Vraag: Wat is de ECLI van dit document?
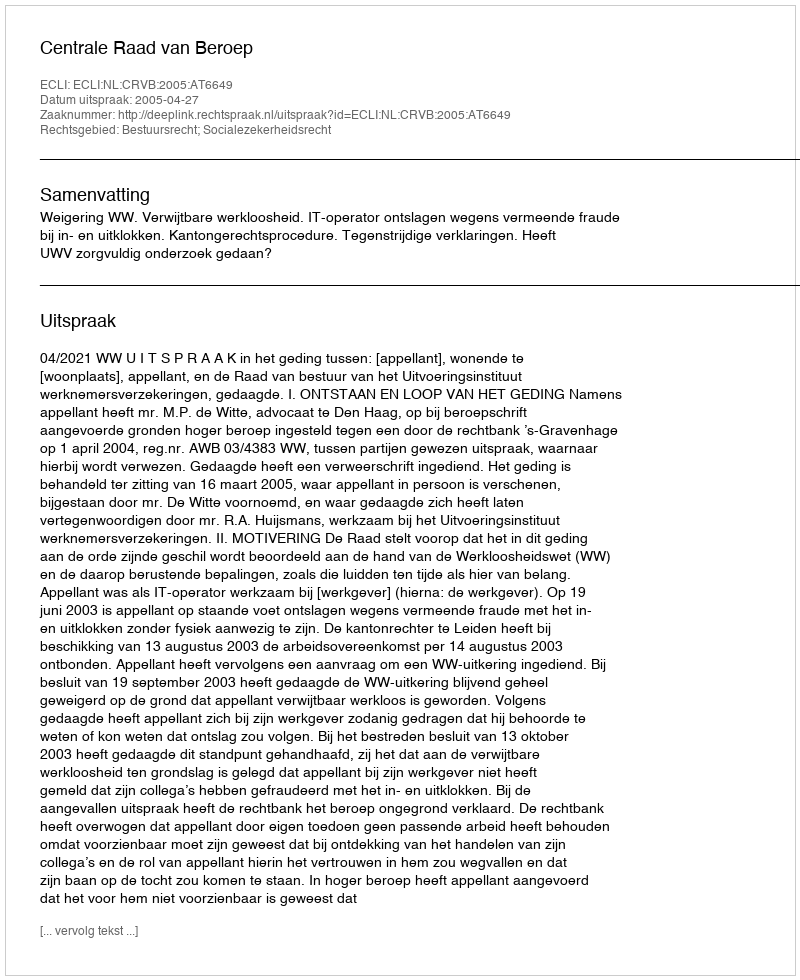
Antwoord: ECLI:NL:CRVB:2005:AT6649